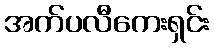
အက်ပလီကေးရှင်း